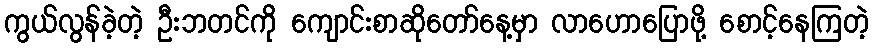
ကွယ်လွန်ခဲ့တဲ့ ဦးဘတင်ကို ကျောင်းစာဆိုတော်နေ့မှာ လာဟောပြောဖို့ စောင့်နေကြတဲ့